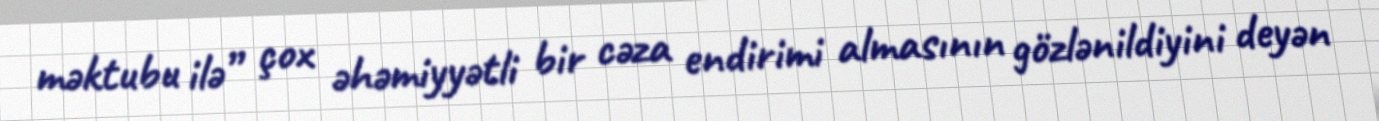
məktubu ilə” çox əhəmiyyətli bir cəza endirimi almasının gözlənildiyini deyən